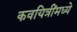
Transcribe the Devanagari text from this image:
कवयित्रींमध्ये